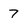
Character: 7